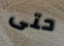
حتى